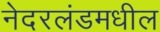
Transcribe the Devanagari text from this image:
नेदरलंडमधील